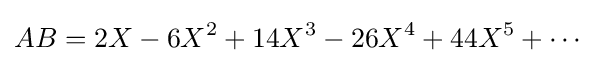
AB=2X-6X^{2}+14X^{3}-26X^{4}+44X^{5}+\cdots